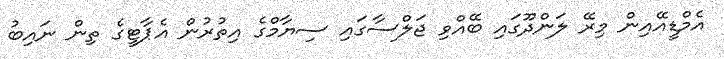
އެމްޑީއޭއިން މިރޭ ލަންދޫގައި ބޭއްވި ޖަލްސާގައި ސިޔާމްގެ އިތުރުން އެޕާޓީގެ ތިން ނައިބު